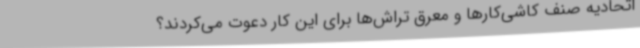
اتحادیه صنف کاشی‌کارها و معرق تراش‌ها برای این کار دعوت می‌کردند؟